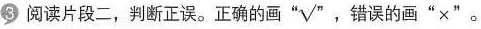
3 阅读片段二，判断正误。正确的画“√”，错误的画“×”。